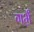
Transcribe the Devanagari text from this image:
गर्भं॒